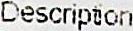
DESCRIPTION